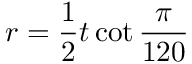
r = { \frac { 1 } { 2 } } t \cot { \frac { \pi } { 1 2 0 } }